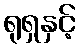
ရုရှနှင့်